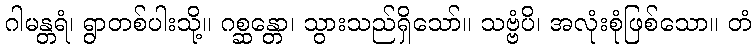
ဂါမန္တရံ၊ ရွာတစ်ပါးသို့။ ဂစ္ဆန္တော၊ သွားသည်ရှိသော်။ သဗ္ဗံပိ၊ အလုံးစုံဖြစ်သော။ တံ